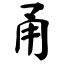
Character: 甬